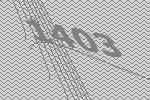
1403